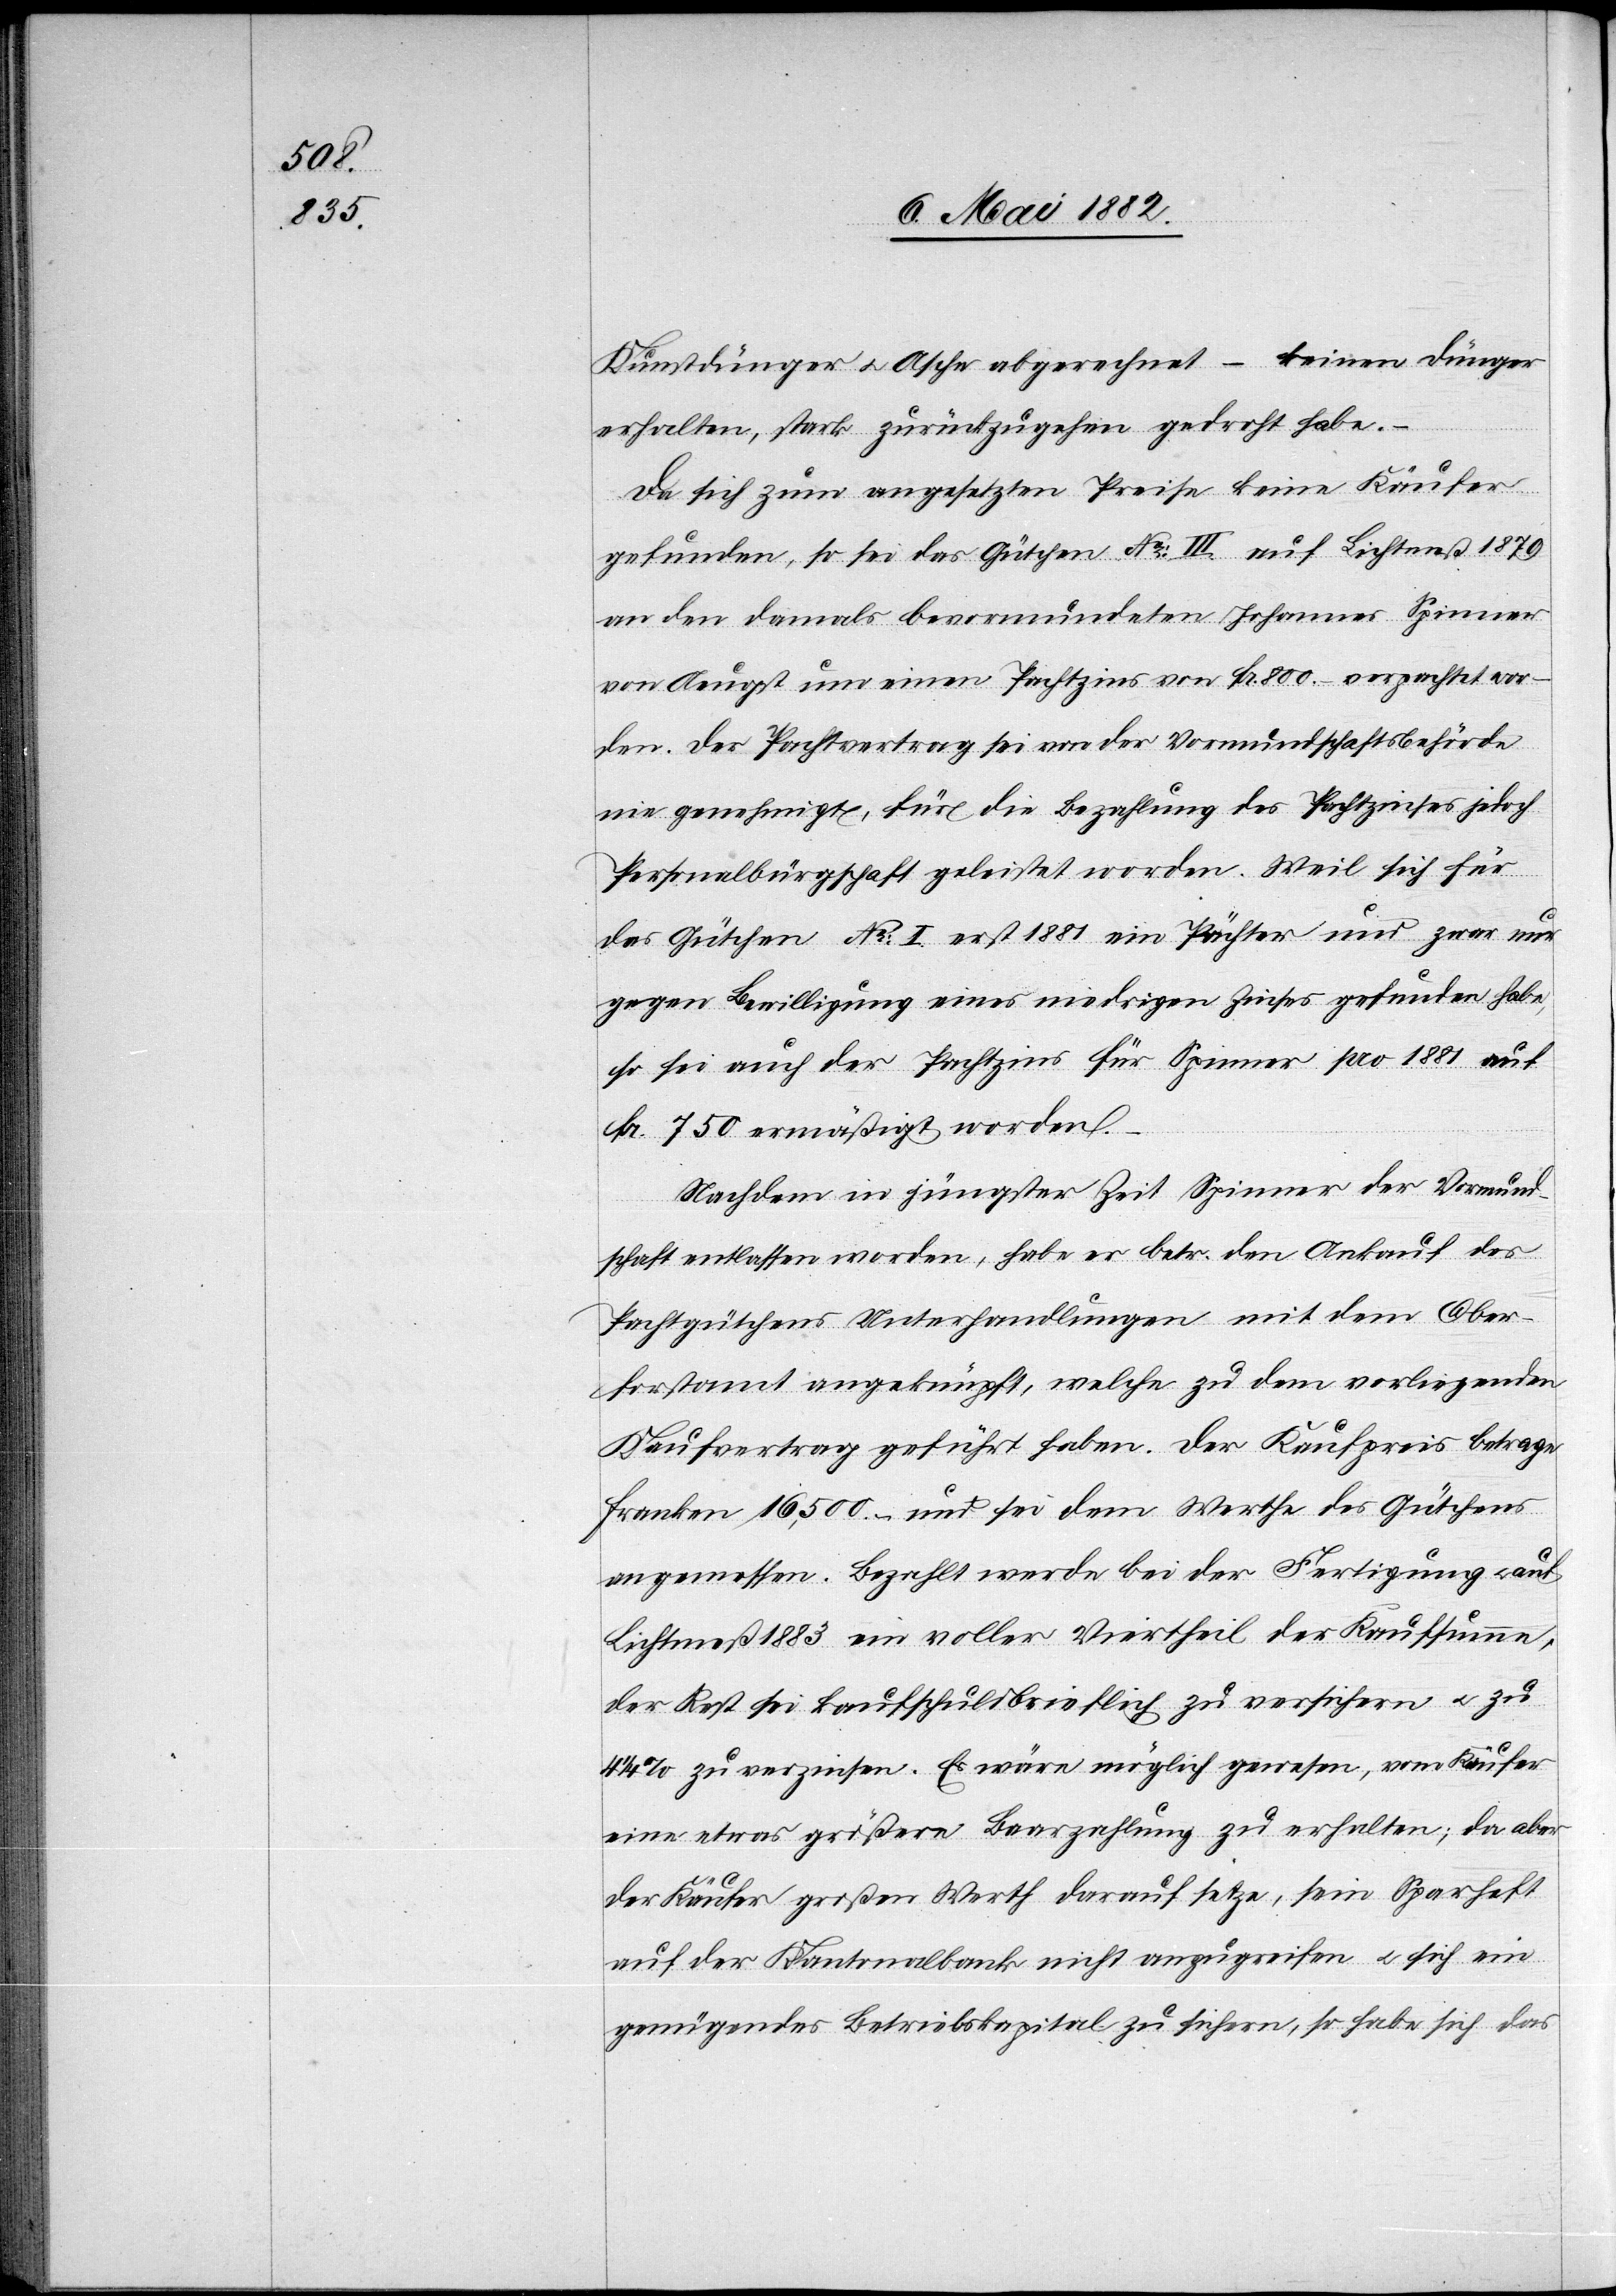
Kunstdünger u. Asche abgerechnet – keinen Dünger
erhalten, stark zurückzugehen gedroht habe.
Da sich zum angesetzten Preise keine Käufer
gefunden, so sei das Gütchen No III auf Lichmeß 1879
an den damals bevormundeten Johannes Spinner
von Aeugst um einen Pachtzins von Fr. 800.– verpachtet wor¬
den. Der Pachtvertrag sei von der Vormundschaftsbehörde
nie genehmigt, für die Bezahlung des Pachtzinses jedoch
Personalbürgschaft geleistet worden. Weil sich für
das Gütchen No I erst 1881 ein Pächter und zwar nur
gegen Bewilligung eines niedrigen Zinses gefunden habe,
so sei auch der Pachtzins für Spinner pro 1881 auf
Fr. 750 ermäßigt worden.
Nachdem in jüngster Zeit Spinner der Vormund¬
schaft entlassen worden, habe er betr. den Ankauf des
Pachtgütchens Unterhandlungen mit dem Ober¬
forstamt angekündigt, welche zu dem vorliegenden
Kaufvertrag geführt haben. Der Kaufpreis betrage
Franken 16,500.– und sei dem Werthe des Gütchens
angemessen. Bezahlt werde bei der Fertigung u.
Lichtmeß 1883 ein voller Viertheil der Kaufsumme,
der Rest sei kaufschuldbrieflich zu versichern u. zu
1/4% zu verzinsen. Es wäre möglich gewesen, vom Käufer
eine etwas größere Baarzahlung zu erhalten; da aber
der Käufer großen Werth darauf setzte, sein Sparheft
auf der Kantonalbank nicht anzugreifen u. sich ein
genügendes Betriebskapital zu sichern, so habe sich das